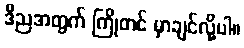
ဒီညအတွက် ကြိုတင် မှာချင်လို့ပါ။